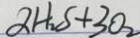
\alpha H _ { 2 } S + 3 O _ { 2 }